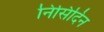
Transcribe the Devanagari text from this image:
निसिदिन